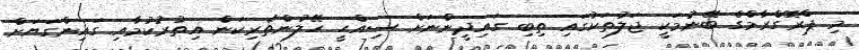
މި ޕްރޮގްރާމްގެ ބޭނުމަކީ ޖަލުތަކުގައި ތިބި ގައިދީންނަށް ސިއްޙީ ހޭލުންތެރިކަން އިތުރުކުމާއި ގައިންގަޔަށް